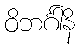
ဝိဘင်္ဂါနိ